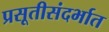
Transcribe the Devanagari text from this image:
प्रसूतीसंदर्भात